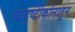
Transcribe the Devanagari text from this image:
यादृष्टीकोनातून